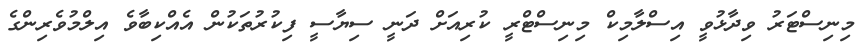
މިނިސްޓަރު ވިދާޅުވީ އިސްލާމިކް މިނިސްޓްރީ ކުރިއަށް ދަނީ ސިޔާސީ ފިކުރުތަކުން އެއްކިބާވެ އިލްމުވެރިންގެ